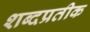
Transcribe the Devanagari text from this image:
शब्दप्रतीक